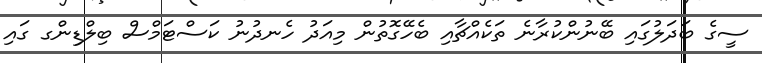
ސީގެ ބަދަލުގައި ބޭނުންކުރާނެ ތަކެއްޗާއި ބެހޭގޮތުން މިއަދު ހެނދުނު ކަސްޓަމްސް ބިލްޑިންގ ގައި